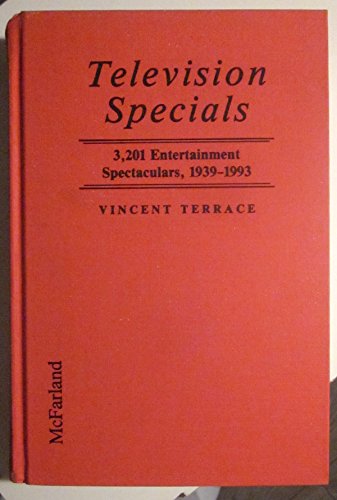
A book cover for Television Specials: 3,201 Entertainment Spectaculars, 1939-1993; Steven Lance; Humor & Entertainment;